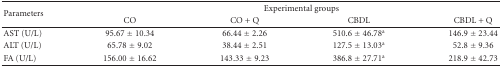
<table><thead><tr><td rowspan="2"><b>Parameters</b></td><td colspan="4"><b>Experimental groups</b></td></tr><tr><td><b>CO</b></td><td><b>CO + Q</b></td><td><b>CBDL</b></td><td><b>CBDL + Q</b></td></tr></thead><tbody><tr><td>AST (U/L)</td><td>95.67 ± 10.34</td><td>66.44 ± 2.26</td><td>510.6 ± 46.78<sup>a</sup></td><td>146.9 ± 23.44</td></tr><tr><td>ALT (U/L)</td><td>65.78 ± 9.02</td><td>38.44 ± 2.51</td><td>127.5 ± 13.03<sup>a</sup></td><td>52.8 ± 9.36</td></tr><tr><td>FA (U/L)</td><td>156.00 ± 16.62</td><td>143.33 ± 9.23</td><td>386.8 ± 27.71<sup>a</sup></td><td>218.9 ± 42.73</td></tr></tbody></table>